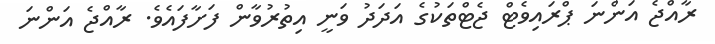
ރާއްޖެ އަންނަ ޕްރައިވެޓް ޖެޓްތަކުގެ އަދަދު ވަނީ އިތުރުވާން ފަށާފައެވެ. ރާއްޖެ އަންނަ